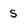
Character: S